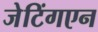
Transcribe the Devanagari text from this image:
जेटिंगएन